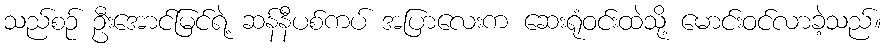
သည်စဉ် ဦးအောင်မြင်ရဲ့ ဆန်နီပစ်ကပ် အပြာလေးက ဆေးရုံဝင်းထဲသို့ မောင်းဝင်လာခဲ့သည်။